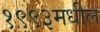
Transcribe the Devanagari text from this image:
१९९३मधील